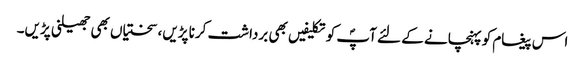
اس پیغام کو پہنچانے کے لئے آپؐ کو تکلیفیں بھی برداشت کرنا پڑیں، سختیاں بھی جھیلنی پڑیں۔